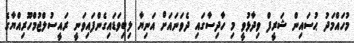
މުހައްމަދު ޙުސައިން ޝަރީފް ވިދާޅުވީ މި ހާދިސާގައި ދެވަނައަށް އަނިޔާ ލިބިވަޑައިގެންފައިވަނީ ރައީސުލްޖުމްހޫރިއްޔާގެ